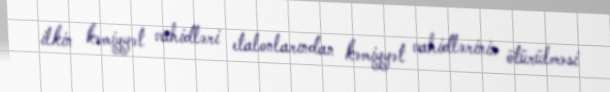
ilkin kəmiyyət vahidləri etalonlarından kəmiyyət vahidlərinin ötürülməsi